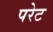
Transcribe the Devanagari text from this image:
परेट